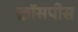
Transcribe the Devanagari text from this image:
क्रॉसपीस